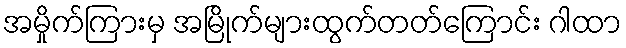
အမှိုက်ကြားမှ အမြိုက်များထွက်တတ်ကြောင်း ဂါထာ